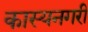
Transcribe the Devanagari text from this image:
कास्यनगरी